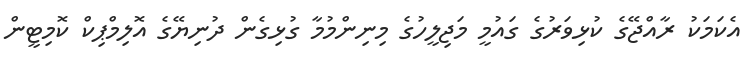
އެކަމަކު ރާއްޖޭގެ ކުޅިވަރުގެ ގައުމީ މަޖިލީހުގެ މިނިންމުމާ ގުޅިގެން ދުނިޔޭގެ އޮލިމްޕިކް ކޮމިޓީން